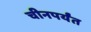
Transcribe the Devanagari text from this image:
चीनपर्यंत